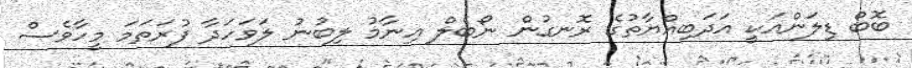
ބޮބް ޑިލަންއަކީ އަދަބިއްޔާތުގެ ރޮނގުން ނޯބެލް އިނާމު ލިބުނު ލަވަހަދާ ފުރަތަމަ މީހާވެސް